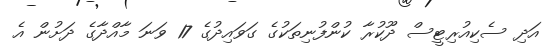
އަދި ސެކިއުރިޓީސް ދޫކުރާ ކުންފުނިތަކުގެ ގަވައިދުގެ 17 ވަނަ މާއްދާގެ ދަށުން އެ